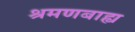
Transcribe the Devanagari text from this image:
श्रमणबाह्य